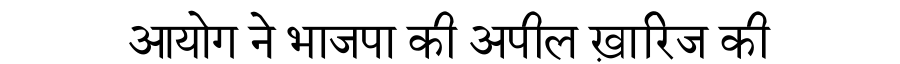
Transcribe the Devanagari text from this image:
आयोग ने भाजपा की अपील ख़ारिज की